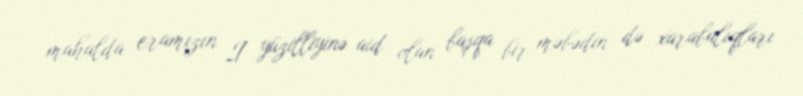
mahalda eramızın I yüzilliyinə aid olan başqa bir məbədin də xarabalıqları